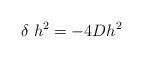
LaTeX: \begin{align*}\delta \; h^2 = -4 D h^2\end{align*}